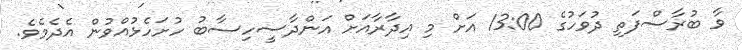
ވާ ބުރާސްފަތި ދުވަހުގެ 13:00 އަށް މި އިދާރާއަށް އަންދާސީހިސާބު ހުށަހެޅުއްވުން އެދެމެވެ.